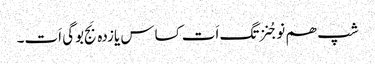
شپ ھم نوجُنزتگ اَت کساس یازدہ بَج بوگی اَت۔